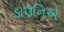
ડાઉનિએ